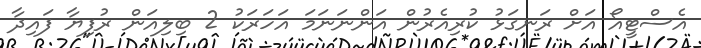
އެސްޓީއޯ އަށް ރަނގަޅު ކުރިއެރުން އަންނަނަމަ އަހަރަކު 2 ބިލިއަން ރުފިޔާ ފައިދާ